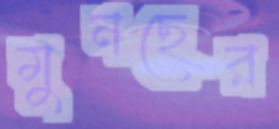
মুনছের